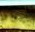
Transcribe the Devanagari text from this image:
द्रमस्पेल